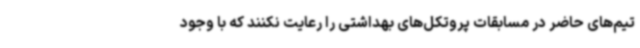
تیم‌های حاضر در مسابقات پروتکل‌های بهداشتی را رعایت نکنند که با وجود